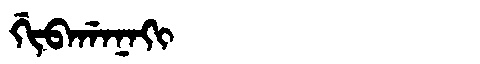
Manchu: ᡤᡳᠪᠠᡤᠠᠨᠠᡴᡳ
Romanization: GIBAGANAKI